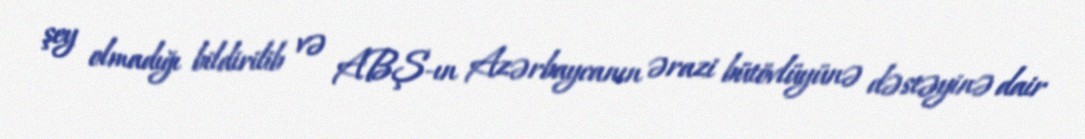
şey olmadığı bildirilib və ABŞ-ın Azərbaycanın ərazi bütövlüyünə dəstəyinə dair